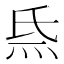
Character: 𤇡